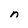
Character: n